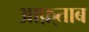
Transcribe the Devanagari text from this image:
आफ़्ताब